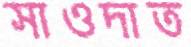
সাওদাত